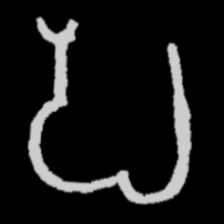
Pyu character \u2014 Myanmar letter: ပ (romanized: pa)